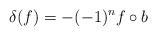
LaTeX: \begin{align*}\delta(f)= -(-1)^n f\circ b\end{align*}